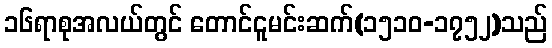
၁၆ရာစုအလယ်တွင် တောင်ငူမင်းဆက်(၁၅၁၀-၁၇၅၂)သည်